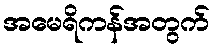
အမေရိကန်အတွက်